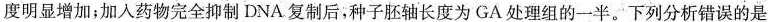
度明显增加；加人药物完全抑制DNA。复制后，种子胚轴长度为GA处理组的一半。下列分析错误的是